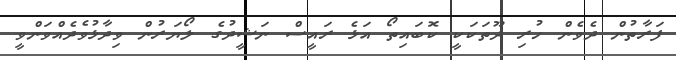
ފަރާތުން ދެވެން ހުރި ދޫތަކަކީ ކޮބައިތޯ އަޅެ ރައީސް ނަޝީދުގެ ލޯޔަރުން ވިދާޅުވެދެއްވަންވީ